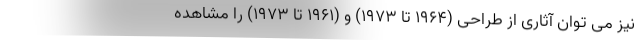
نیز می توان آثاری از طراحی (1964 تا 1973) و (1961 تا 1973) را مشاهده